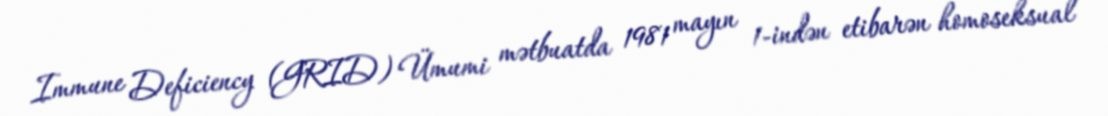
Immune Deficiency (GRID) Ümumi mətbuatda 1981 mayın 1-indən etibarən homoseksual